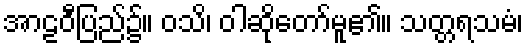
အာဠဝီပြည်၌။ ဝသိ၊ ဝါဆိုတော်မူ၏။ သတ္တရသမံ၊